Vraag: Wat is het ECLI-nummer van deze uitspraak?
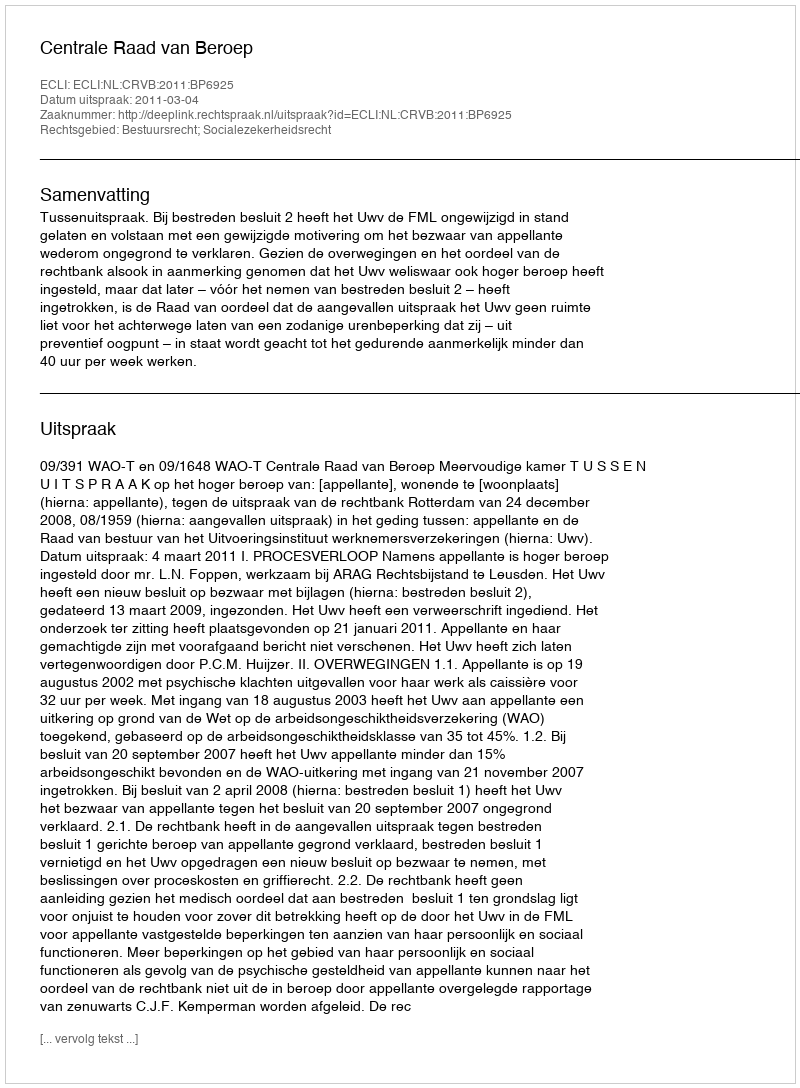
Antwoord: ECLI:NL:CRVB:2011:BP6925